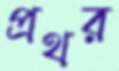
প্রথর